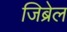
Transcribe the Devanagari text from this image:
जिब्रेल